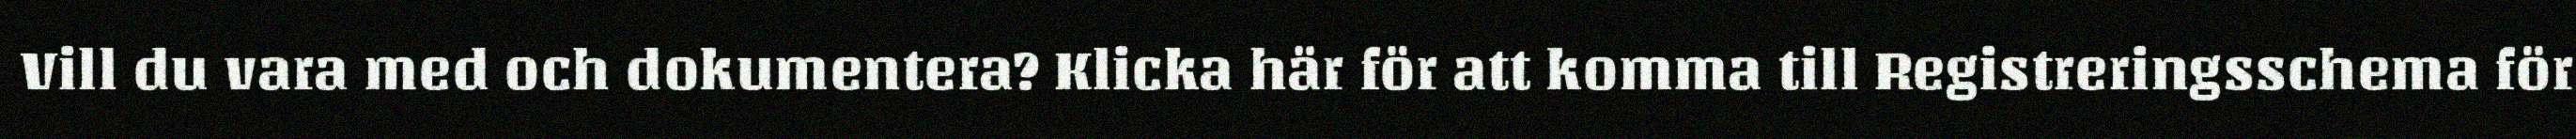
Vill du vara med och dokumentera? Klicka här för att komma till Registreringsschema för